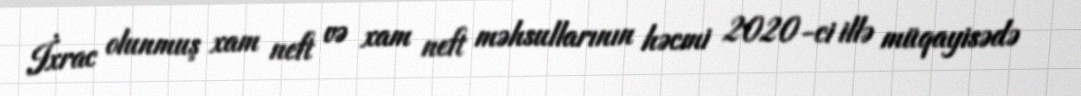
İxrac olunmuş xam neft və xam neft məhsullarının həcmi 2020-ci illə müqayisədə